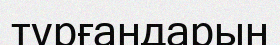
тұрғандарын